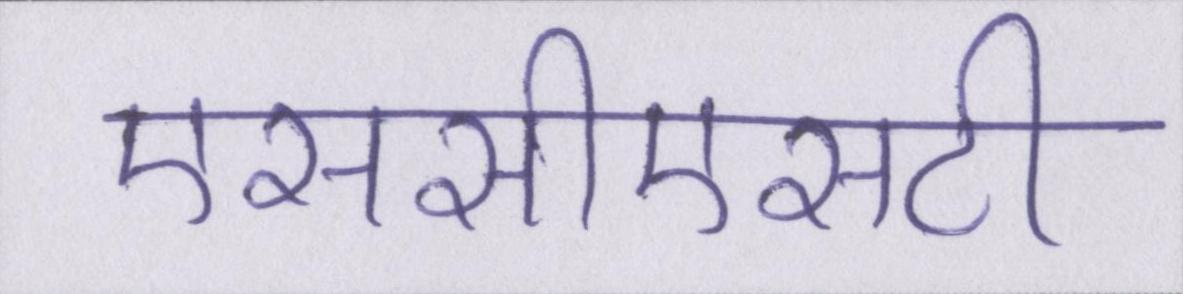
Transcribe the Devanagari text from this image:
एससीएसटी